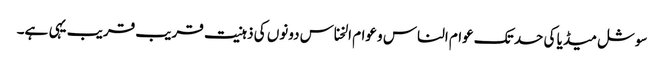
سوشل میڈیا کی حد تک عوام الناس و عوام الخناس دونوں کی ذہنیت قریب قریب یہی ہے۔